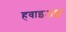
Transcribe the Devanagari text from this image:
हवाइअड्डा